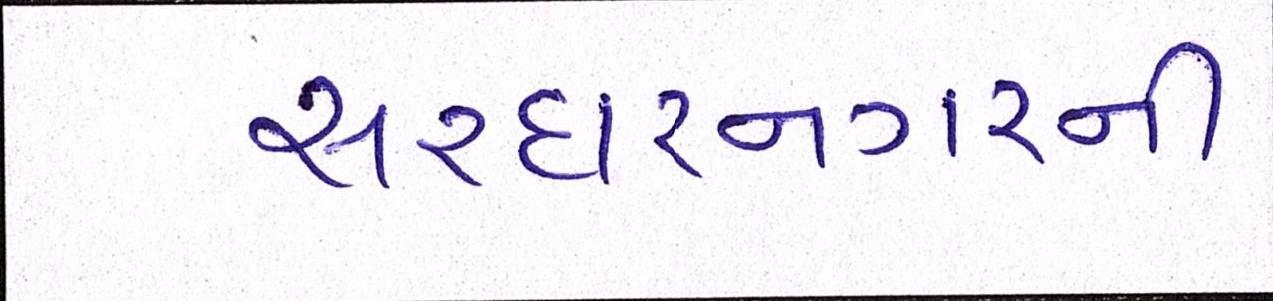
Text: સરદારનગરની